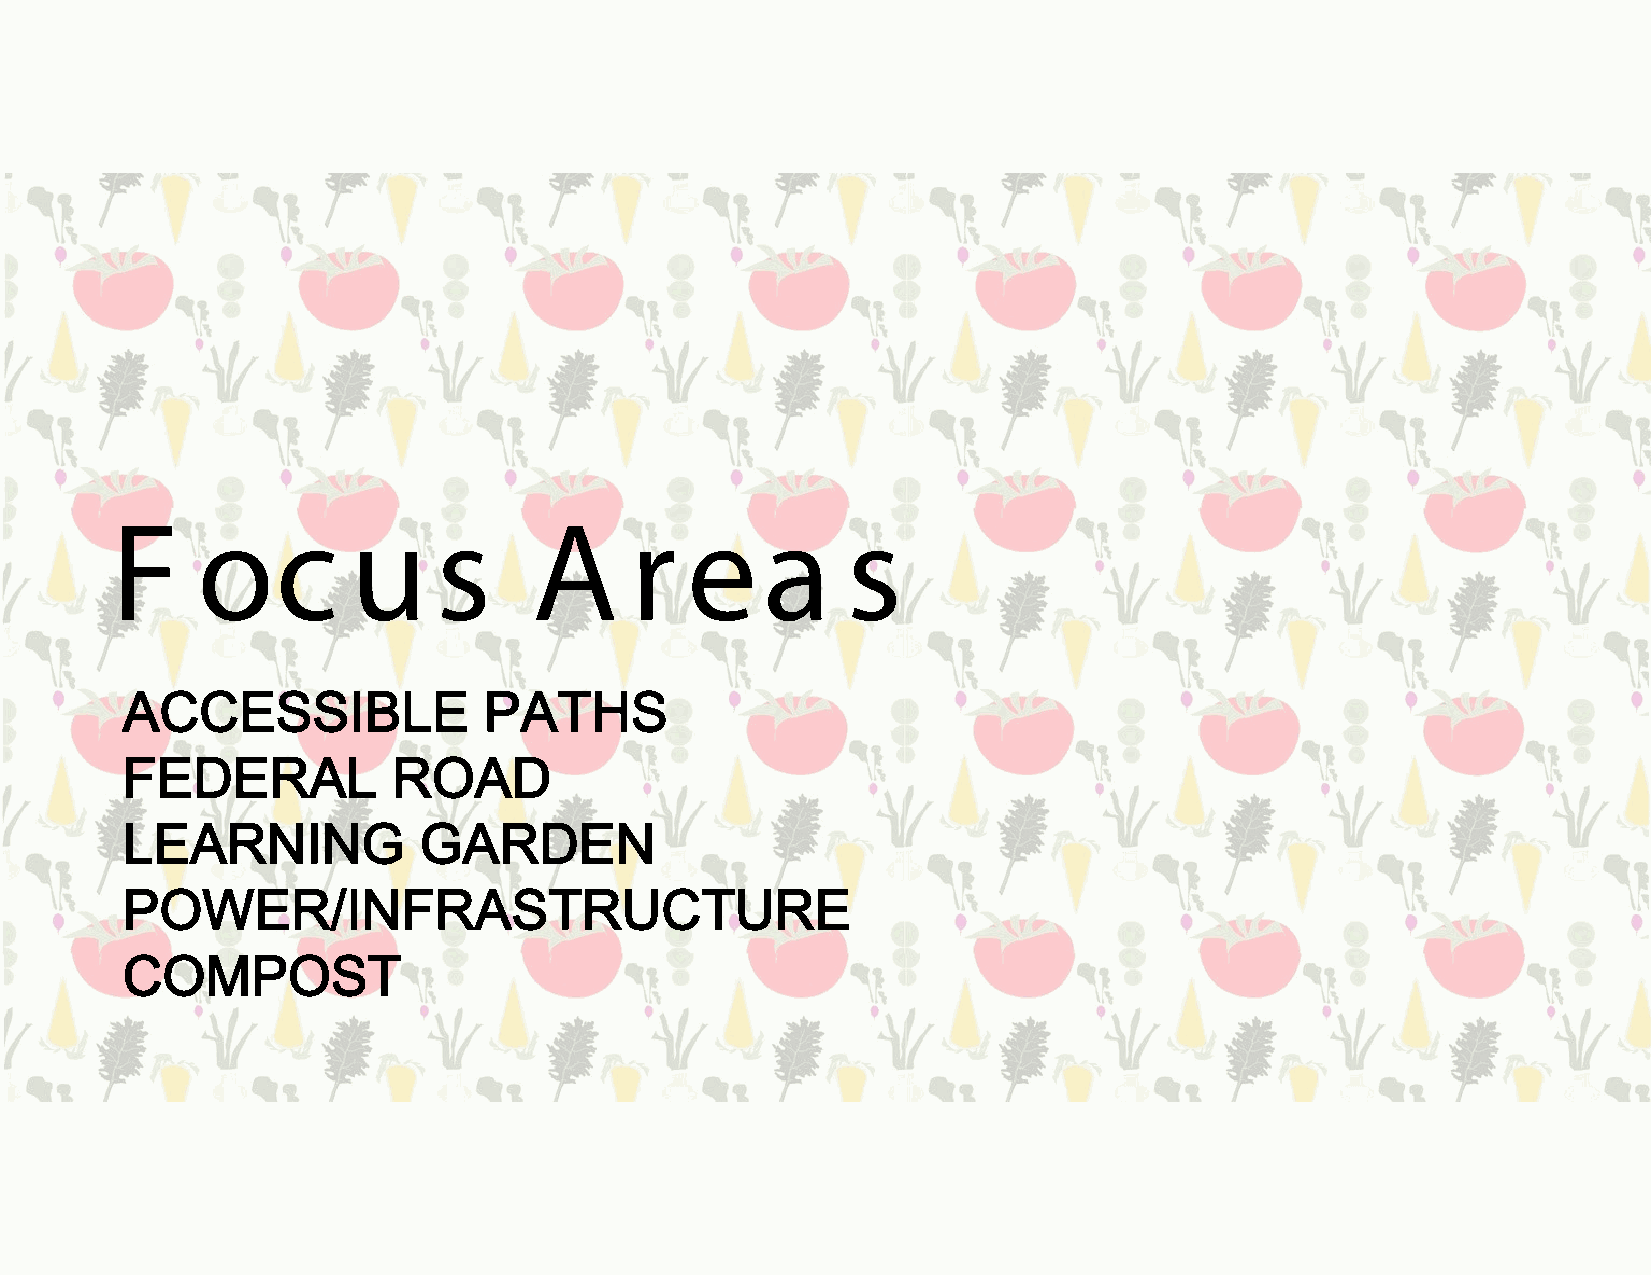
F     oc        u     s     A      r  e    a     s
 ACCESSIBLE              PATHS
 FEDERAL           ROAD
 LEARNING            GARDEN
 POWER/INFRASTRUCTURE
 COMPOST